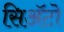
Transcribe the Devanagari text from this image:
सिअॅटो